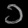
Digit: ၁